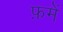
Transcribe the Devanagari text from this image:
फ़में